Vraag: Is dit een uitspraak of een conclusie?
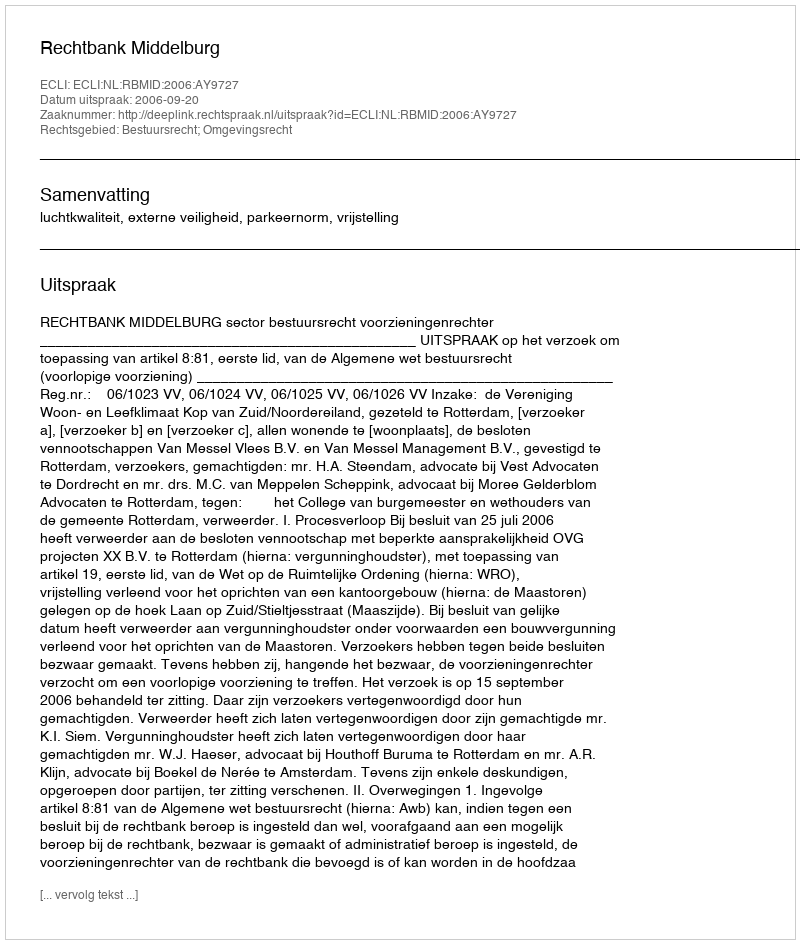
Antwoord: Uitspraak